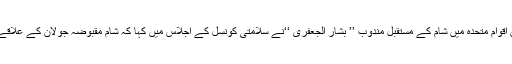
عالمی اردوخبررساں ادارے’’نیوزنور‘‘کی رپورٹ کے مطابق اقوام متحدہ میں شام کے مستقبل مندوب ’’ بشار الجعفری ‘‘نے سلامتی کونسل کے اجلاس میں کہا کہ شام مقبوضہ جولان کے علاقے میں صیہونی حکومت کے اقدامات کی شدید مذمت کرتا ہے۔